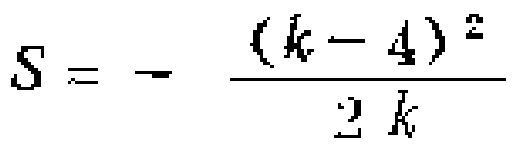
\[S = - \frac{(k - 4)^2}{2k}\]